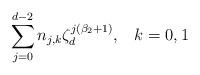
LaTeX: \begin{align*}\sum_{j=0}^{d-2}n_{j,k}\zeta_{d}^{j(\beta_2+1)} ,\;\;\; k=0,1\end{align*}